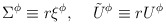
\begin{align*}\Sigma^\phi\equiv r\xi^\phi,\;\;\;\;\tilde{U}^\phi\equiv r U^\phi\end{align*}